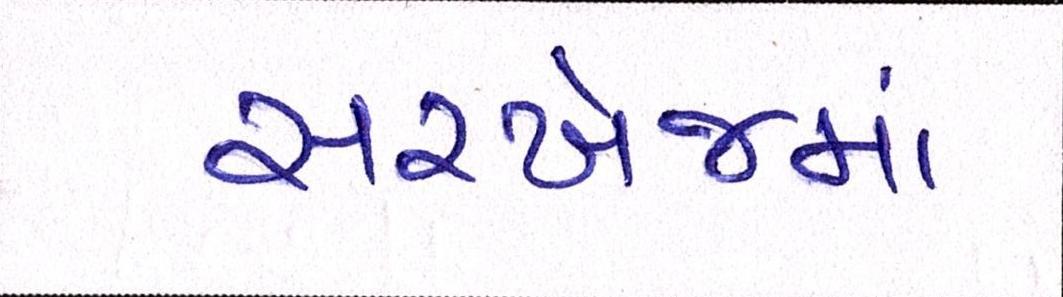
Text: સરખેજમાં